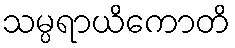
သမ္ပရာယိကောတိ